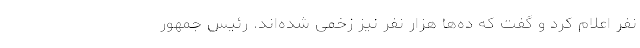
نفر اعلام کرد و گفت که ده‌ها هزار نفر نیز زخمی شده‌اند. رئیس جمهور